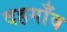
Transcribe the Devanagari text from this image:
दहगाँव